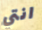
انتي